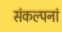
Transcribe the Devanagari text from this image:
संकल्पनां